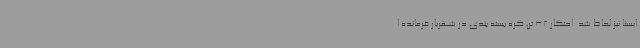
ایسنا نیز لحاظ شد. احتکار 32 تن کره بسته بندی در شهریار فرمانده ا